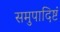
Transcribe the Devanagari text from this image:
समुपादिष्टं